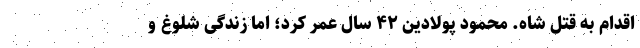
اقدام به قتل شاه. محمود پولادین ۴۲ سال عمر کرد؛ اما زندگی شلوغ و